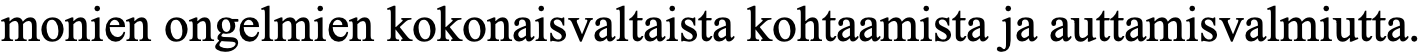
monien ongelmien kokonaisvaltaista kohtaamista ja auttamisvalmiutta.